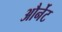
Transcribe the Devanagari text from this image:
और्नेट